Memorandum on the prevention of leprosy by segregation of the affected
Disease focus: Leprosy
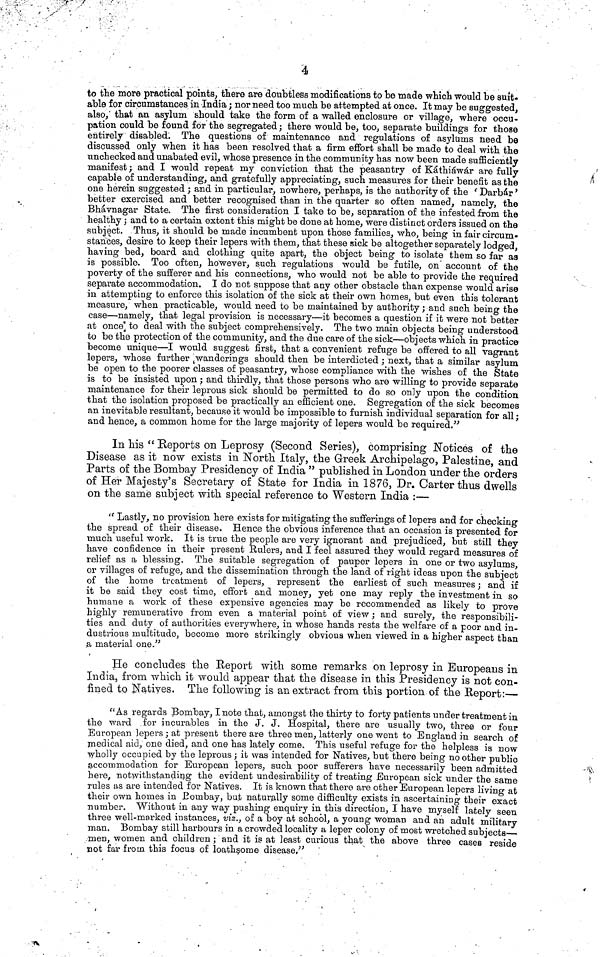
4
to tlie more practical points, there are doubtless modifications to be made which would be suit-
able for circumstances in India ; nor need too much be attempted at once. It may be suggested,
also,' that an asylum should take the form of a walled enclosure or village, where occu-
pation could be found for the segregated ; there would be, too, separate buildings for those
entirely disabled. The questions of maintenance and regulations of asylums need be
discussed only when it has been resolved that a firm effort shall be made to deal with the
unchecked and unabated evil, whose presence in the community has now been made sufficiently
manifest ; and I would repeat my conviction that the peasantry of Káthiáwár are fully
capable of understanding, and gratefully appreciating, such measures for their benefit as the
one herein suggested ; and in particular, nowhere, perhaps, is the authority of the ' Darbár '
better exercised and better recognised than in the quarter so often named, namely, the
Bhávnagar State. The first consideration I take to be, separation of the infested from the
healthy ; and to a certain extent this might be done at home, were distinct orders issued on the
subject. Thus, it should be made incumbent upon those families, who, being in fair circum-
stances, desire to keep their lepers with them, that these sick be altogether separately lodged,
having bed, board and clothing quite apart, the object being to isolate them so far as
is possible. Too often, however, such regulations would be futile, on account of the
poverty of the sufferer and his connections, who would not be able to provide the required
separate accommodation. I do not suppose that any other obstacle than expense would arise
in attempting to enforce this isolation of the sick at their own homes, but even this tolerant
measure, when practicable, would need to be maintained by authority ; and such being the
case—namely, that legal provision is necessary—it becomes a question if it were not better
at once to deal with the subject comprehensively. The two main objects being understood
to be the protection of the community, and the due care of the sick—objects which in practice
become unique—I would suggest first, that a convenient refuge be offered to all vagrant
lepers, whose further wanderings should then be interdicted ; next, that a similar asylum
be open to the poorer classes of peasantry, whose compliance with the wishes of the State
is to be insisted upon ; and thirdly, that those persons who are willing to provide separate
maintenance for their leprous sick should be permitted to do so on]y upon the condition
that the isolation proposed be practically an efficient one. Segregation of the sick becomes
an inevitable resultant, because it would be impossible to furnish individual separation for all ;
and hence, a common home for the large majority of lepers would be required."
In his " Reports on Leprosy (Second Series), comprising Notices of the
Disease as it now exists in North Italy, the Greek Archipelago, Palestine, and
Parts of the Bombay Presidency of India " published in London under the orders
of Her Majesty's Secretary of State for India in 1876, Dr. Carter thus dwells
on the same subject with special reference to Western India :—
" Lastly, no provision here exists for mitigating the sufferings of lepers and for checking
the spread of their disease. Hence the obvious inference that an occasion is presented for
rauch useful work. It is true the people are very ignorant and prejudiced, but still they
have confidence in their present Rulers, and I feel assured they would regard measures of
relief as a blessing. The suitable segregation of pauper lepers in one or two asylums,
or villages of refuge, and the dissemination through the land of right ideas upon the subject
of the home treatment of lepers, represent the earliest of such measures ; and if
it be said they cost time, effort and money, yet one may reply the investment in so
humane a work of these expensive agencies may be recommended as likely to prove
highly remunerative from even a material point of view ; and surely, the responsibili-
ties and duty of authorities everywhere, in whose hands rests the welfare of a poor and in-
dustrious multitude, become more strikingly obvious when viewed in a higher aspect than
a material one."
He concludes the Report with some remarks on leprosy in Europeans in
India, from which it would appear that the disease in this Presidency is not con-
fined to Natives. The following is an extract from this portion of the Report:—
"As regards Bombay, I note that, amongst the thirty to forty patients under treatment in
the ward for incurables in the J. J. Hospital, there are usually two, three or four
European lepers; at present there are three men, latterly one went to England in search of
medical aid, one died, and one has lately come. This useful refuge for the helpless is now
wholly occupied by the leprous ; it was intended for Natives, but there being no other public
accommodation for European lepers, such poor sufferers have necessarily been admitted
here, notwithstanding the evident undesirability of treating European sick under the same
rules as are intended for Natives. It is known that there are other European lepers living at
their own homes in Bombay, but naturally some difficulty exists in ascertaining their exact
number. "Without in any way pushing enquiry in this direction, I have myself lately seen
three well-marked instances, viz., of a boy at school, a young woman and an adult military
man. Bombay still harbours in a crowded locality a leper colony of most wretched subjects
men, women and children ; and it is at least curious that the above three cases reside
not far from this focus of loathsome disease,"